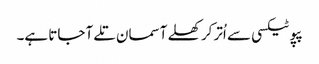
پپو ٹیکسی سے اُتر کر کھلے آسمان تلے آ جاتا ہے۔